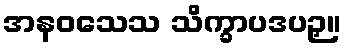
အနဝသေသ သိက္ခာပဒပဉှ။